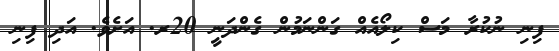
ފިނި ނުކުރާ މަސް ކިލޯއެއް ގަންނަމުން ގެންދަނީ 20ރ. އަށެވެ. އަދި ފިނި